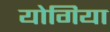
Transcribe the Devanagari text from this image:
योगिया